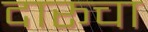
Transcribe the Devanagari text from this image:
दारूचा